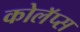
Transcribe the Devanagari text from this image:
कोलॅप्स